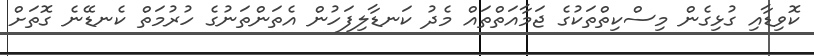
ކޮވިޑާއި ގުޅިގެން މިސްކިތްތަކުގެ ޖަމާއަތްތައް މެދު ކަނޑާލިފަހުން އެތަންތަނުގެ ހުރުމަތް ކެނޑޭނެ ގޮތަށް